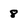
Character: 8